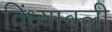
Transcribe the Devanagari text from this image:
विंध्यावली